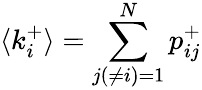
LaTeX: \langle k_{i}^{+}\rangle=\sum_{j(\neq i)=1}^{N}p_{ij}^{+}